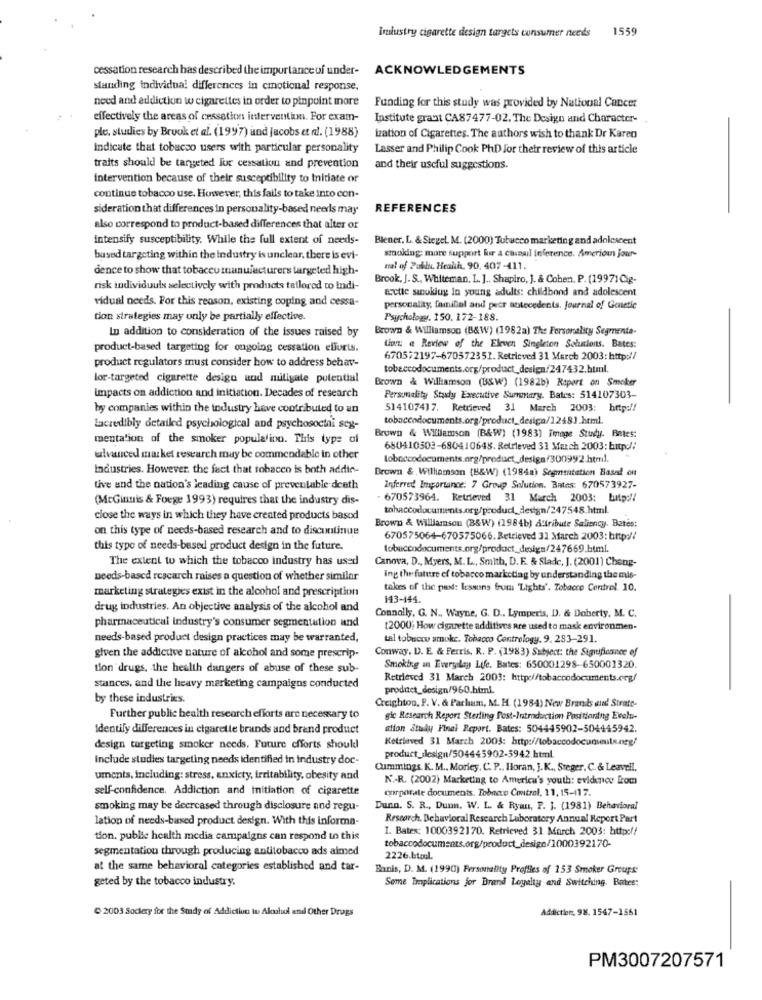
Industry cigarette design targets consumer needs
1559
cessation research has described the importance of under-
ACKNOWLEDGEMENTS
standing individual differences in emotional response.
need and addiction w cigarettes in order to pinpoint more
Funding for this study was provided by National Cancer
effectively the areas of cessation interventi. For exam-
Institute grant CA87477-02, The Design and Character-
ple, studies by Brook et al. (1997) und jacobs et al. (1988)
ization of Cigarettes. The authors wish to thank Dr Karen
indicate that tobacco users with particular personality
Lasser and Philip Cook PhD For thetr review of this article
traits should be targeted for cessation and prevention
and their useful suggestions.
intervention because of their susceptibility to Initiate or
continue tobacco use. However, this fails to take into con-
sideration that differences in personality-based needs may
REFERENCES
also correspond to product-based differences that alter or
intensify susceptibility. While the full extent of needs-
Biener, L. & Stegel. M. (2000) Tubucco marketing and adolescent
bused targeting within the industry is unclear, there is evi-
smoking more support for a cainail inference. Amerioun Jour-
dence to show that tobacco zuanulecturers targeted high-
mal of Public Health. 90. 407-411.
Brook, J. S ., Whiteman. L. J .. Shapiro, J. & Cohen. P. (19971Cig-
risk individuuls selectively with products tailored to Indi-
arctic sanokiug In young adults: childbond and adolescent
vidual needs. For this reason, existing coping and cessa-
personality, familial and pecr antecedents. Journal of Genetic
tion strategies may only be partially effective.
Psychology, 150. 172-188.
In addition to consideration of the issues raised by
Brown & Williamson (B&W) (1982a) The Personality Segmenta-
product-based targeting for ongoing cessation efforts.
tion: a Review of the Eleven Singleton Solunions. Bates:
670572197-670572351. Retrieved 31 March 2003: http://
product regulators must consider how to address behav-
tobaccodocuments.org/product_design/247432.html.
lor-targeted cigarette design and miligate potential
Brown & Williamson (B&W) (1982b) Raport on Smoker
impacts on addiction and initiation. Decades of research
Personality Study Executive Summary. Bates: 514107303-
by companies within the industry have contributed to an
5141074)7. Retrieved 31 March 2003: http://
tobaccodocuments.org/product_desica/1248].html.
lacredibly detailed psychological and psychosocini seg-
mentation of the smoker populalino. This type of
Brown & Williamson (B&W) (1983) Fmage Study. Betes:
680410503-680410648. Retrieved 31 March 2003: http:/;
ulvanced market research may be commendable in other
industries. However, the fact that tobacco is both addin-
Brown & Williamson (B&W) (1984a) Segmentation Based on
tive and the nation's leading cause of preventable death
Inferred Importance: 7 Group Solution. Bates: 670573927-
(McGinnis & Forge 1993) requires that the industry dis-
670573964. Retrieved 31 March 2003: Luitp :!!
tohaccodocuments.org/product_design/247548.html.
close the ways in which they have created products basod
on this type of needs-based research and to discontinue
Brown & Williamson (B&W) (1984b) A tribute Saliency. Bates:
670575064-670575066. Retrieved 31 March 2003: http://
this type of needs-based product design in the future.
The extent to which the tobacco industry has used
Canova, D ., Myers, M. L ., Smith, D. F. & Sladc, J. (2001) Cheng-
needs-based rescarch raises a question of whether similar
ing the future of tobacco marketing by understanding the mis-
marketing strategies exist in the alcohol and prescription
takes of the past: lessons from 'Lights'. Tobacco Control 10.
143-144.
drug industries. An objective analysis of the alcohol and
Connolly, G. N ., Wayne, G. D .. Lymperis, D. & Doherty, M. C.
pharmaceutical industry's consumer segmentation and
[2000; How cigarette additives are used to mask environmen-
needs-based product design practices may be warranted,
tal tobucco smoke. Tobacco Contrology. 9. 283-291.
Conway, D. E. & Ferris, R. P. (1983) Subject: the Significance of
given the addictive nature of alcohol and some prescrip-
tion drugs, the health dangers of abuse of these sub-
Smoking in Everyday Life. Bates: 650001298-650001320.
Retrieved 31 March 2003: http://tobaccodocuments.org/
stances, and the heavy marketing campaigns conducted
product_design/960.html
by these industries.
Creighton, P. V. & Parlaum, M. H. (1984) New Brands wind Strate-
Further public health research efforts are necessary to
gic Research Report Sterling Pest-Introduction Positioning Evalu-
Identify differences in cigarette brands and brand product
ation Study Final Report. Bates: 504445902-504445942.
Ketriaved 31 March 2003: http://tobaccodocumento.neg/
design targeting smoker needs. Future efforts should
include studies targeting needs identified in industry doc-
product_slesign/504445902-5942.html.
Cummings.K. M ., Morley, C. P ., Horan, J.K ., Steger, C. & Leaveil,
uments, including: stress, anxiety, irritability, obesity and
N.R. (2002) Marketing to America's youth: evidence from
self-confidence. Addiction and initiation of cigarette
corporate documents. Tobacco Control, 11, 15-417.
smoking may be decreased through disclosure and regu-
Dunn. S. R ., Dunn. W. L. & Ryan, P. J. (1981) Behavioral
lation of needs-based product design. With this informa-
Research, Behavioral Research Luboratory Annual Report Part
I. Bates: 1000392170. Retrieved 31 March 2003: http://
tion. public health media campaigns can respond to this
segmentation through producing antitobacco ads aimed
tobaccodocuments.org/product_design/1000392170-
2226.btal.
at the same behavioral categories established and tar-
Banis, D. M. (1990) Fersonality Profiles of 153 Smoker Groups:
geted by the tobacco industry.
Some Implications for Brand Loyalty and Switching. Bates:
@ 2003 Society for the Stady of Addiction tu Alochol and Other Drugs
Addiction 98. 1547-1561
PM3007207571